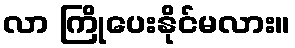
လာ ကြိုပေးနိုင်မလား။